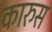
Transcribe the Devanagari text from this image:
कारुस